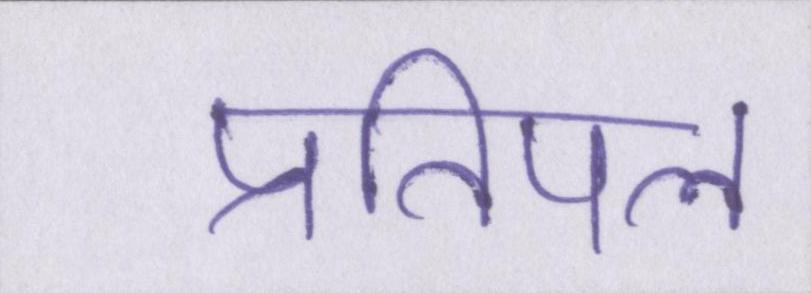
प्रतिपल